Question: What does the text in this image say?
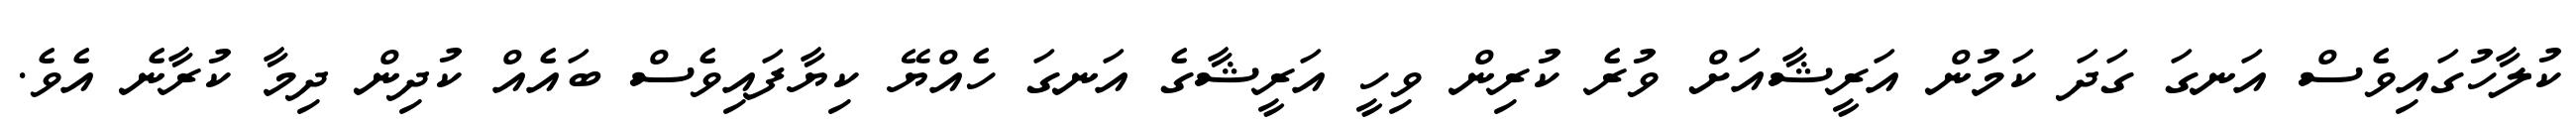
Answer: ކުލާހުގައިވެސް އަނގަ ގަދަ ކަމުން އަރީޝާއަށް ވުރެ ކުރިން ވިހީ އަރީޝާގެ އަނގަ ހެއްޔޭ ކިޔާފައިވެސް ބައެއް ކުދިން ދިމާ ކުރާނެ އެވެ.